Sanitation, dispensaries and jails vaccination Rajputana 1922-1927 - 1922-1927
Year: 1922
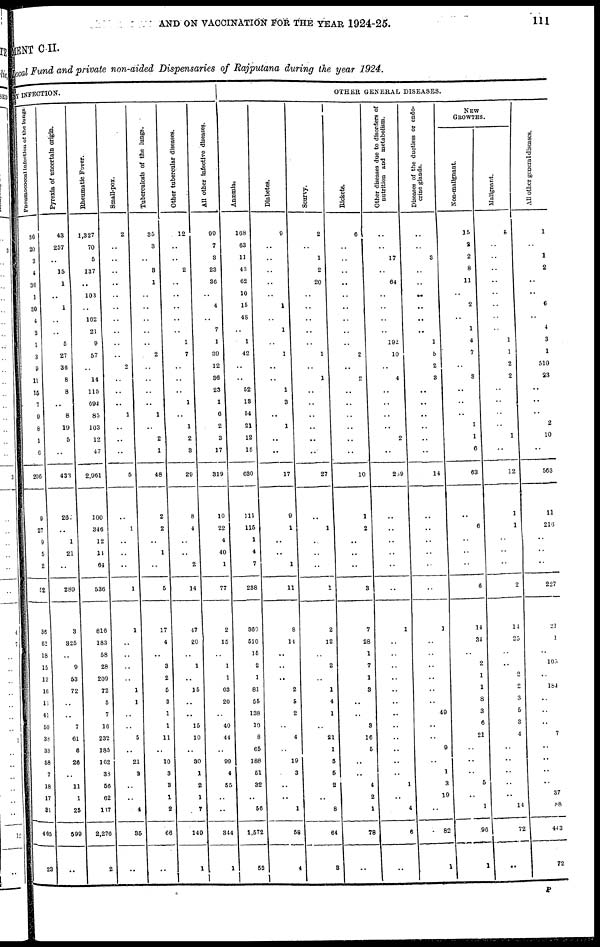
AND ON VACCINATION FOR THE YEAR 1924-25.
111
MENT C II.
Local Fund and private non-aided Dispensaries of Rajputana during the year 1924.
BY INFECTION.
Pncumococcal infection of the lungs.
36
20
3
4
36
1
30
4
2
1
3
9
11
15
7
9
6
1
6
206
9
27
9
5
2
52
36
62
18
15
12
16
13
41
50
38
33
58
7
18
17
31
465
23
Pyrexia of uncertain origin.
43
257
..
15
1
..
1
..
..
5
27
36
8
8
..
8
19
5
..
433
201
..
1
21
..
289
3
825
..
9
53
72
..
..
7
61
6
26
..
11
1
25
599
..
Rheumatic Fever.
1,327
70
5
137
..
103
..
162
21
9
57
..
14
115
694
85
103
12
47
2,961
100
346
12
14
64
536
816
183
58
28
209
72
5
7
16
232
185
162
38
56
62
117
2,276
2
Small-pox.
2
..
..
..
..
..
..
..
..
..
..
2
..
..
..
1
..
..
..
5
..
1
..
..
..
1
1
..
..
..
..
1
1
..
..
5
..
21
2
..
..
4
35
..
Tuberculosis of the lungs.
35
3
..
3
1
..
..
..
..
..
2
..
..
..
..
1
..
2
1
48
2
2
..
1
..
5
17
4
..
3
2
5
3
1
1
11
..
10
3
3
1
2
66
..
Other tubercular diseases.
12
..
..
2
..
..
..
..
..
1
7
..
..
..
1
..
1
2
3
29
8
4
..
..
2
14
47
20
..
1
..
15
..
..
15
10
..
30
1
2
1
7
149
1
All other Infective diseases.
99
7
3
23
36
..
4
..
7
1
39
12
36
23
1
6
2
3
17
319
10
22
4
40
1
77
2
15
..
1
1
63
20
..
40
44
..
99
4
55
..
..
344
1
OTHER GENERAL DISEASES.
Anæmia.
168
63
11
43
62
10
15
48
..
1
42
..
..
52
13
54
21
12
15
630
111
115
1
4
7
238
360
510
15
2
1
81
55
138
10
8
65
188
51
32
..
56
1,572
53
Diabetes.
9
..
..
..
..
..
1
..
1
..
1
..
..
1
3
..
1
..
..
17
9
1
..
..
1
11
8
14
..
..
..
2
5
2
..
4
..
19
3
..
..
1
68
4
Scurvy.
2
..
1
2
20
..
..
..
..
..
1
..
1
..
..
..
..
..
..
27
..
1
..
..
..
1
2
12
..
2
..
1
4
1
..
21
1
5
5
2
..
8
64
3
Rickets.
6
..
..
..
..
..
..
..
..
..
2
..
2
..
..
..
..
..
..
10
1
2
..
..
..
3
7
28
1
7
1
8
..
..
3
16
5
..
..
4
2
1
78
..
Other diseases due to disorders of
nutrition and metabolism.
..
..
17
..
64
..
..
..
..
192
10
..
4
..
..
..
..
2
..
239
..
..
..
..
..
..
1
..
..
..
..
..
..
..
..
..
..
..
..
1
..
4
6
..
Diseases of the ductless or endo-
crine glands.
..
..
3
..
..
..
..
..
..
1
5
2
3
..
..
..
..
..
..
14
..
..
..
..
..
..
1
..
..
..
..
..
..
49
..
..
9
..
1
3
19
..
82
1
NEW
GROWTHS.
Non-malignant.
15
2
2
8
11
..
2
..
1
4
7
..
3
..
..
..
1
1
6
63
..
6
..
..
..
6
14
34
..
2
1
1
8
3
6
21
..
..
..
6
..
1
96
1
Malignant.
5
..
..
..
..
..
..
..
..
1
1
2
2
..
..
..
..
1
..
12
1
1
..
..
..
2
14
25
..
..
2
2
3
5
3
4
..
..
..
..
..
14
72
..
All other general diseases.
1
..
1
2
..
..
6
..
4
3
1
510
23
..
..
..
2
10
..
563
11
216
..
..
..
227
21
1
..
105
..
184
..
..
..
7
..
..
..
..
37
88
443
72
P